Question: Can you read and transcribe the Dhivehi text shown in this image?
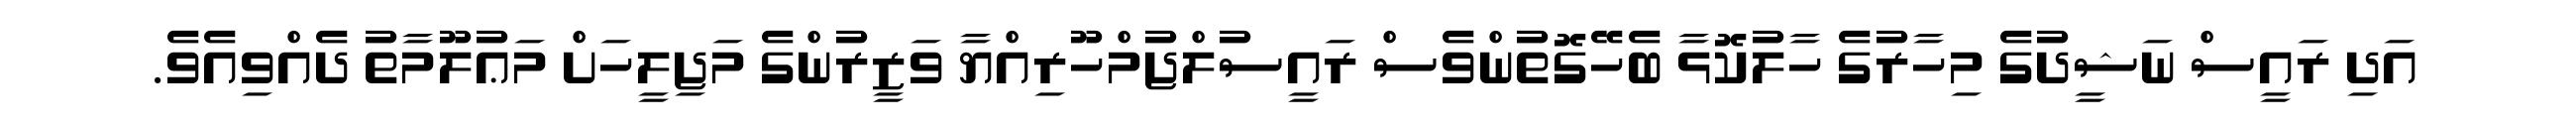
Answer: އަދި ރައީސް ނަޝީދުގެ މިހާރުގެ ހާލުކޮޅާ ބެހޭގޮތުންވެސް ރައީސުލްޖުމްހޫރިއްޔާ ވަޒީރުންގެ މަޖިލީހަށް މަޢުލޫމާތު ދެއްވިއެވެ.